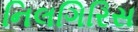
નિલગિરિસ